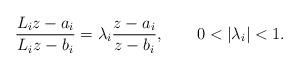
LaTeX: \begin{align*}{L_iz-a_i\over L_iz-b_i}=\lambda_i{z-a_i\over z-b_i}, \qquad 0<|\lambda_i|<1 .\end{align*}